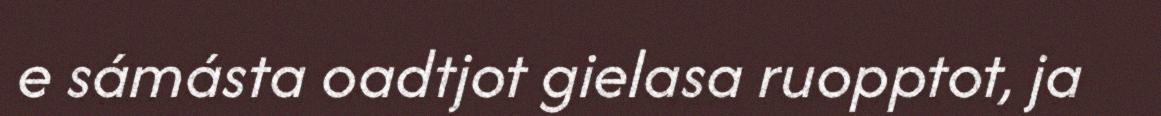
e sámásta oadtjot gielasa ruopptot, ja